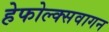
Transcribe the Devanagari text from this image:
हेफोल्क्सवागन